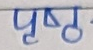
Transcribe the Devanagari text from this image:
पृष्ठ